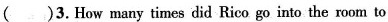
( )3.How many times did Rico go into the room to